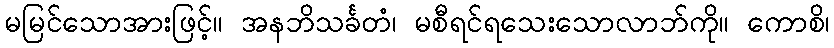
မမြင်သောအားဖြင့်။ အနဘိသင်္ခတံ၊ မစီရင်ရသေးသောလာဘ်ကို။ ကောစိ၊